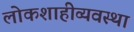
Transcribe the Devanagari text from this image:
लोकशाहीव्यवस्था